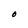
Character: O